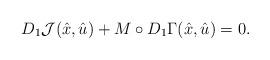
LaTeX: \begin{align*} D_1 {\mathcal J}(\hat{x}, \hat{u}) + M \circ D_1 \Gamma (\hat{x}, \hat{u}) = 0. \end{align*}